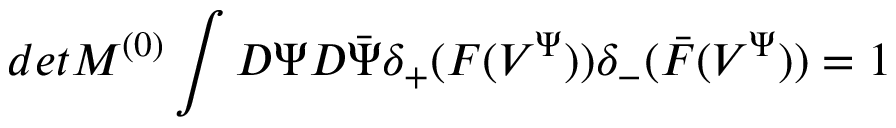
d e t M ^ { ( 0 ) } \int D \Psi D \bar { \Psi } \delta _ { + } ( F ( V ^ { \Psi } ) ) \delta _ { - } ( \bar { F } ( V ^ { \Psi } ) ) = 1